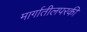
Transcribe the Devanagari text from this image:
मार्गातीलपरकी